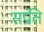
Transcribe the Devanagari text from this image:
सप्रंति